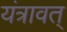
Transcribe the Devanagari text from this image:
यंत्रावत्